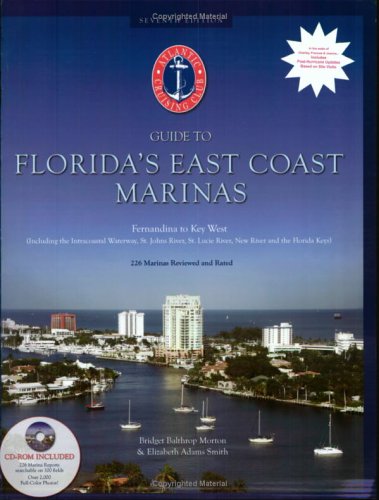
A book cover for Atlantic Cruising Club's Guide to Florida's East Coast Marinas: Fernandina, Florida to Key West, Florida (Book & CD-ROM); Bridget Balthrop Morton; Travel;